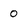
Character: 0